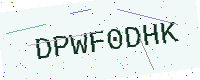
Text: DPWF0DHK